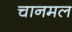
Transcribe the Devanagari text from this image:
चानमल